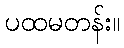
ပထမတန်း။